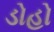
ડોહો